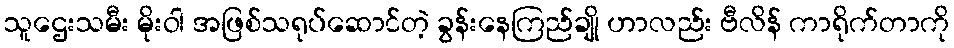
သူဌေးသမီး မိုးဝါ အဖြစ်သရုပ်ဆောင်တဲ့ ခွန်းနေကြည်ချို ဟာလည်း ဗီလိန် ကာရိုက်တာကို